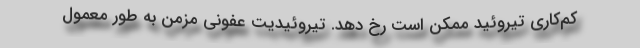
کم‌کاری تیروئید ممکن است رخ دهد. تیروئیدیت عفونی مزمن به طور معمول